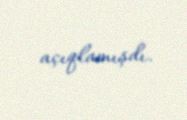
açıqlamışdı.